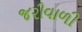
જરીવાળી